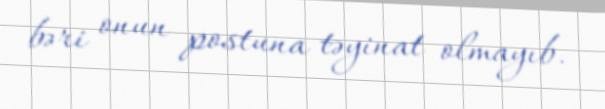
bəri onun postuna təyinat olmayıb.